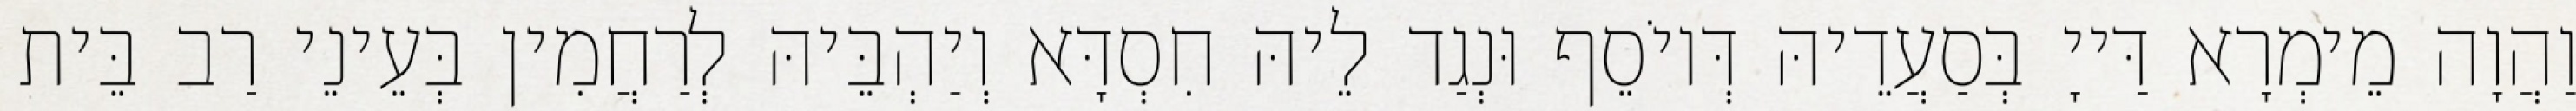
וַהֲוָה מֵימְרָא דַּייָ בְּסַעֲדֵיהּ דְּיוֹסֵף וּנְגַד לֵיהּ חִסְדָּא וְיַהְבֵּיהּ לְרַחֲמִין בְּעֵינֵי רַב בֵּית